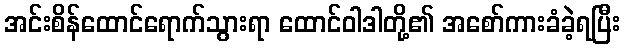
အင်းစိန်ထောင်ရောက်သွားရာ ထောင်ဝါဒါတို့၏ အစော်ကားခံခဲ့ရပြီး